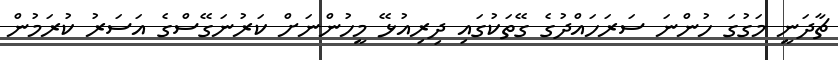
ޗާދަނީ މަގުގަ ހުންނަ ސަރަހައްދުގެ ގޭތަކުގައި ދިރިއުޅޭ މީހުންނަށް ކަރުނަގޭސްގެ އަސަރު ކުރަމުން